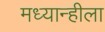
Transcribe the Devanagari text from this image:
मध्यान्हीला